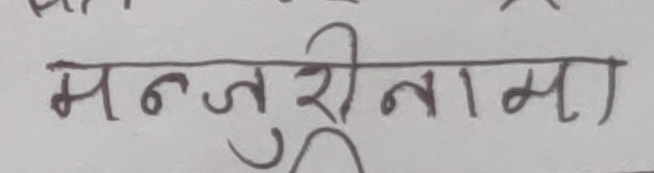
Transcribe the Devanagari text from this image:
मन्जुरीनामा